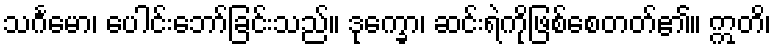
သင်္ဂမော၊ ပေါင်းဘော်ခြင်းသည်။ ဒုက္ခော၊ ဆင်းရဲကိုဖြစ်စေတတ်၏။ ဣတိ၊